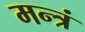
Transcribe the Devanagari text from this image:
मन्त्रं